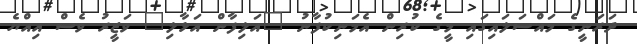
ދަރަނީގެ މައްސަލައިގައި މީގެ ކުރިން އެމަނިކުފާނު "އަލިފާން އަޅާލި" ވަޒީރު ވެސް އިއްޔެ